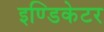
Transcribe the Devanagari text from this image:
इण्डिकेटर